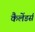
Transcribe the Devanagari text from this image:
कैलेंडर्स